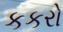
કકરો